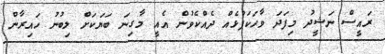
ރައީސް ނަޝީދު މިފަދަ ވާހަކަފުޅެއް ދެއްކެވުން އެއީ މާގިނަ ބަޔަކަށް ލިބުނު ހައިރާން